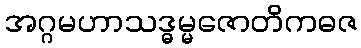
အဂ္ဂမဟာသဒ္ဓမ္မဇောတိကဓဇ